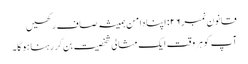
قانون نمبر ۲۶: اپنا دامن ہمیشہ صاف رکھیں
آپ کو ہر وقت ایک مثالی شخصیت بن کر رہنا ہوگا۔